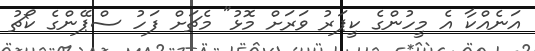
އަނެއްކާ އެ މީހުންގެ ކީޕަރު ވަރަށް މޮޅު" މެޗަށް ފަހު ސްޕޭންގެ ކޯޗު